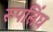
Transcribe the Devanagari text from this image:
रूपसिंघ